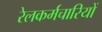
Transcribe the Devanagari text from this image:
रेलकर्मचारियों